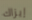
إيزاك